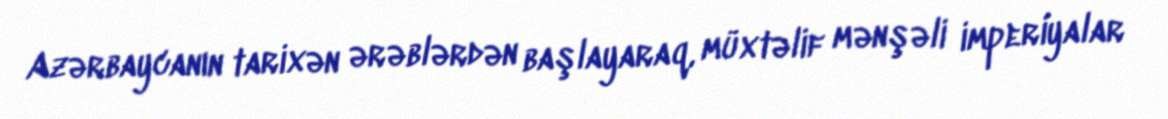
Azərbaycanın tarixən ərəblərdən başlayaraq, müxtəlif mənşəli imperiyalar